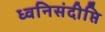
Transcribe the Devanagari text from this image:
ध्वनिसंदीप्ति